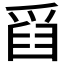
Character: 𤔘